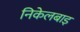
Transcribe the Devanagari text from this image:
निकेलबाइ